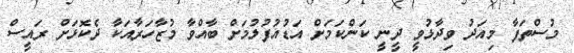
މުސްތަފާ މިއަދު ވިދާޅުވީ ދީނީ ކަންކަމަށް އަޑުއުފުލުމަށް ބާއްވާ މުޒާހަރާއަކާ ދެކޮޅަށް ރައީސް